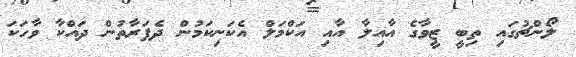
ލޯންޗުގައި ތިބީ ޒީވާގެ އާއިލާ އާއި އަކްމަލް އެކަނިކަމުން ދެފަރާތުން ދައްކާ ވާހަކަ